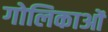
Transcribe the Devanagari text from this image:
गोलिकाओं